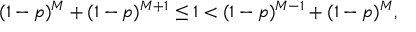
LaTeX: ( 1 - p ) ^ { M } + ( 1 - p ) ^ { M + 1 } \leq 1 < ( 1 - p ) ^ { M - 1 } + ( 1 - p ) ^ { M } ,